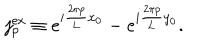
j _ { p } ^ { \mathrm { e x } } \equiv e ^ { i \frac { 2 \pi p } { 2 \pi p } { L } x _ { 0 } } - e ^ { i \frac { 2 \pi p } { 2 \pi p } { L } y _ { 0 } } .